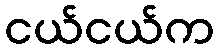
ငယ်ငယ်က